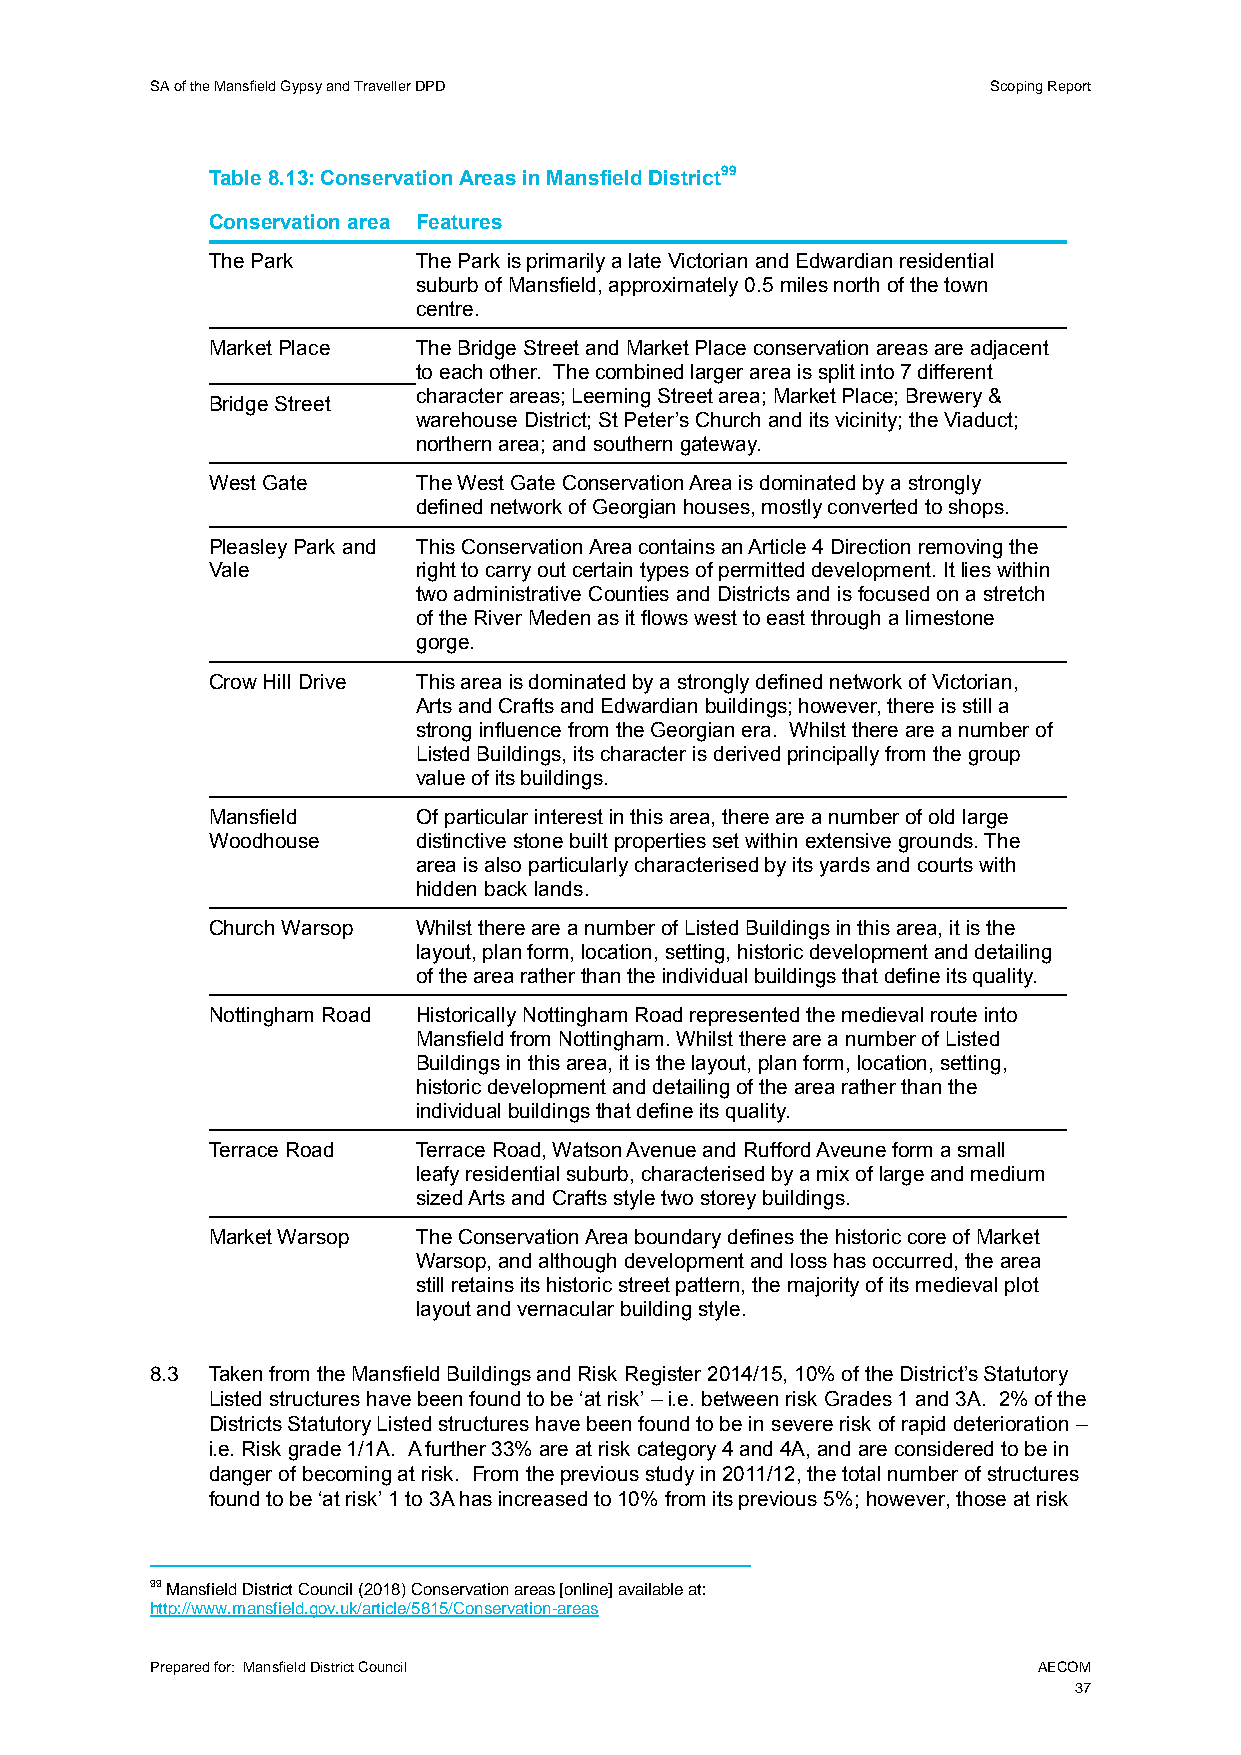
SA of the Mansfield Gypsy and Traveller DPD             Scoping Report
 Table 8.13: Conservation Areas in Mansfield District99
 Conservation area Features
 The Park      The Park is primarily a late Victorian and Edwardian residential
 suburb of Mansfield, approximately 0.5 miles north of the town
 centre.
 Market Place  The Bridge Street and Market Place conservation areas are adjacent
 to each other. The combined larger area is split into 7 different
 character areas; Leeming Street area; Market Place; Brewery &
 Bridge Street
 warehouse District; St Peter’s Church and its vicinity; the Viaduct;
 northern area; and southern gateway.
 West Gate     The West Gate Conservation Area is dominated by a strongly
 defined network of Georgian houses, mostly converted to shops.
 Pleasley Park and This Conservation Area contains an Article 4 Direction removing the
 Vale          right to carry out certain types of permitted development. It lies within
 two administrative Counties and Districts and is focused on a stretch
 of the River Meden as it flows west to east through a limestone
 gorge.
 Crow Hill Drive This area is dominated by a strongly defined network of Victorian,
 Arts and Crafts and Edwardian buildings; however, there is still a
 strong influence from the Georgian era. Whilst there are a number of
 Listed Buildings, its character is derived principally from the group
 value of its buildings.
 Mansfield     Of particular interest in this area, there are a number of old large
 Woodhouse     distinctive stone built properties set within extensive grounds. The
 area is also particularly characterised by its yards and courts with
 hidden back lands.
 Church Warsop Whilst there are a number of Listed Buildings in this area, it is the
 layout, plan form, location, setting, historic development and detailing
 of the area rather than the individual buildings that define its quality.
 Nottingham Road Historically Nottingham Road represented the medieval route into
 Mansfield from Nottingham. Whilst there are a number of Listed
 Buildings in this area, it is the layout, plan form, location, setting,
 historic development and detailing of the area rather than the
 individual buildings that define its quality.
 Terrace Road  Terrace Road, Watson Avenue and Rufford Aveune form a small
 leafy residential suburb, characterised by a mix of large and medium
 sized Arts and Crafts style two storey buildings.
 Market Warsop The Conservation Area boundary defines the historic core of Market
 Warsop, and although development and loss has occurred, the area
 still retains its historic street pattern, the majority of its medieval plot
 layout and vernacular building style.
 8.3 Taken from the Mansfield Buildings and Risk Register 2014/15, 10% of the District’s Statutory
 Listed structures have been found to be ‘at risk’ – i.e. between risk Grades 1 and 3A. 2% of the
 Districts Statutory Listed structures have been found to be in severe risk of rapid deterioration –
 i.e. Risk grade 1/1A. A further 33% are at risk category 4 and 4A, and are considered to be in
 danger of becoming at risk. From the previous study in 2011/12, the total number of structures
 found to be ‘at risk’ 1 to 3A has increased to 10% from its previous 5%; however, those at risk
 99 Mansfield District Council (2018) Conservation areas [online] available at:
 http://www.mansfield.gov.uk/article/5815/Conservation-areas
 Prepared for: Mansfield District Council                   AECOM
 37